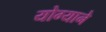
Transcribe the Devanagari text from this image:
योग्याने